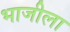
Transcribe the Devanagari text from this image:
भाजीला